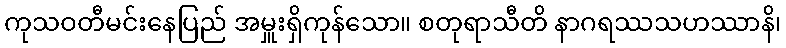
ကုသဝတီမင်းနေပြည် အမှူးရှိကုန်သော။ စတုရာသီတိ နာဂရဿသဟဿာနိ၊